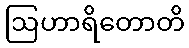
ဩဟာရိတောတိ